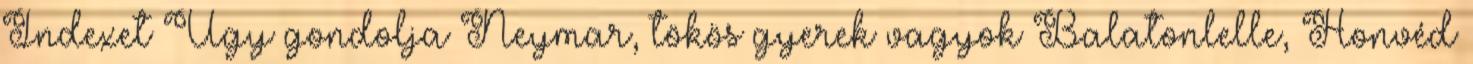
Indexet Úgy gondolja Neymar, tökös gyerek vagyok Balatonlelle, Honvéd